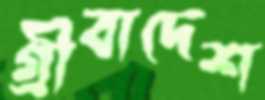
গ্রীবাদেশ